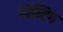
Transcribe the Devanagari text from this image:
प्रिन्टिग